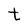
Character: t